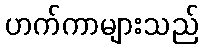
ဟက်ကာများသည်